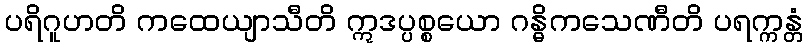
ပရိဂူဟတိ ကထေယျာသီတိ ဣဒပ္ပစ္စယော ဂန္ဓိကသေဏီတိ ပရက္ကန္တံ